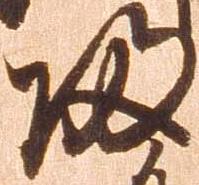
帰